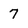
Character: 7